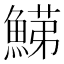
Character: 𩹋